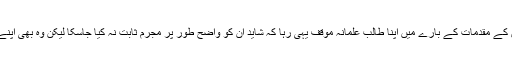
میاں نواز شریف اور ان کے خاندان کے مقدمات کے بارے میں اپنا طالب علمانہ موقف یہی رہا کہ شاید ان کو واضح طور پر مجرم ثابت نہ کیا جاسکا لیکن وہ بھی اپنے آپ کو معصوم ثابت نہ کر سکے۔